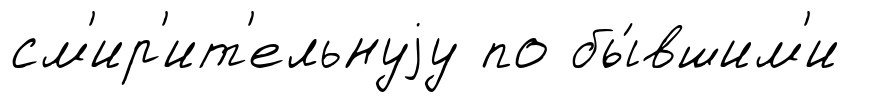
см'ир'ит'ельнуjу по бы́вшим'и